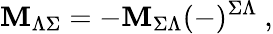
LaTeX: \mathbf{M}_{\Lambda\Sigma}=-\mathbf{M}_{\Sigma\Lambda}(-)^{\Sigma\Lambda}\ ,